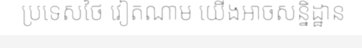
ប្រទេសថៃ វៀតណាម យើងអាចសន្និដ្ឋាន